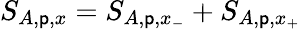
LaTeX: S_{A,\mathsf{p},x}=S_{A,\mathsf{p},x_{-}}+S_{A,\mathsf{p},x_{+}}